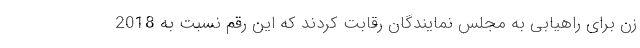
زن برای راهیابی به مجلس نمایندگان رقابت کردند که این رقم نسبت به 2018